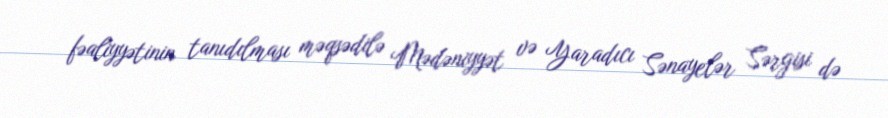
fəaliyyətinin tanıdılması məqsədilə Mədəniyyət və Yaradıcı Sənayelər Sərgisi də